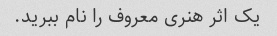
یک اثر هنری معروف را نام ببرید.